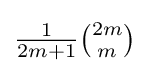
{\tfrac {1}{2m+1}}{\tbinom {2m}{m}}